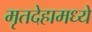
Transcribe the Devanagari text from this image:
मृतदेहामध्ये